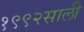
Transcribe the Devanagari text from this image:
१९९२साली